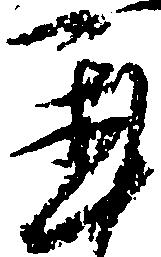
置